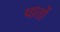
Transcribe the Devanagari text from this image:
पात्तों